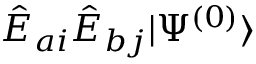
\hat { E } _ { a i } \hat { E } _ { b j } | \Psi ^ { ( 0 ) } \rangle